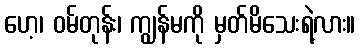
ဟေ့၊ ဝမ်တုန်း၊ ကျွန်မကို မှတ်မိသေးရဲ့လား။